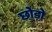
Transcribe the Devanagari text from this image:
छो़ड़ो